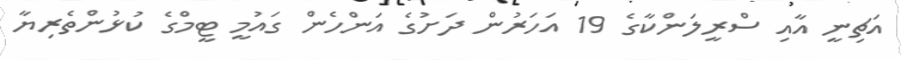
އަޗިނީ އާއި ސްރީލަންކާގެ 19 އަހަރުން ދަށުގެ އަންހެން ގައުމީ ޓީމްގެ ކުޅުންތެރިޔާ